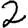
Digit: 2